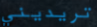
تريديني